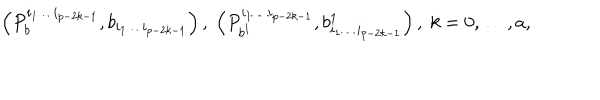
\left( P _ { b } ^ { i _ { 1 } \ldots i _ { p - 2 k - 1 } } , b _ { i _ { 1 } \ldots i _ { p - 2 k - 1 } } \right) , \; \left( P _ { b ^ { 1 } } ^ { i _ { 1 } \ldots i _ { p - 2 k - 1 } } , b _ { i _ { 1 } \ldots i _ { p - 2 k - 1 } } ^ { 1 } \right) , \; k = 0 , \ldots , a ,